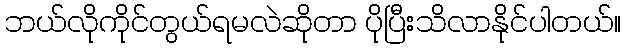
ဘယ်လိုကိုင်တွယ်ရမလဲဆိုတာ ပိုပြီးသိလာနိုင်ပါတယ်။